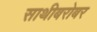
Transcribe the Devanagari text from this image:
साथीबरोबर